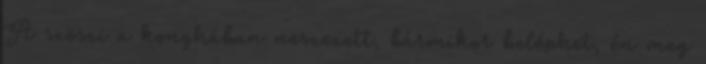
A szöszi a konyhában neszezett, bármikor beléphet, én meg